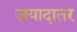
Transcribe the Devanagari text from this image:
जयादातर